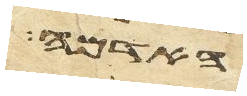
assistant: האדמה